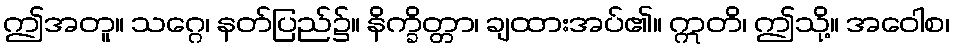
ဤအတူ။ သဂ္ဂေ၊ နတ်ပြည်၌။ နိက္ခိတ္တာ၊ ချထားအပ်၏။ ဣတိ၊ ဤသို့။ အဝေါစ၊